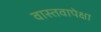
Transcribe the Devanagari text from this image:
वास्तवापेक्षा